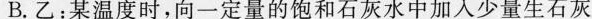
B.乙：某温度时，向一定量的饱和石灰水中加入少量生石灰